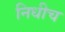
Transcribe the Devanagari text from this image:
निधीच